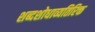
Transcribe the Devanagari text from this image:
शब्दशोधाव्यतिरिक्त